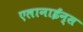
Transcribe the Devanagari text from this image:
एलानाईन्स